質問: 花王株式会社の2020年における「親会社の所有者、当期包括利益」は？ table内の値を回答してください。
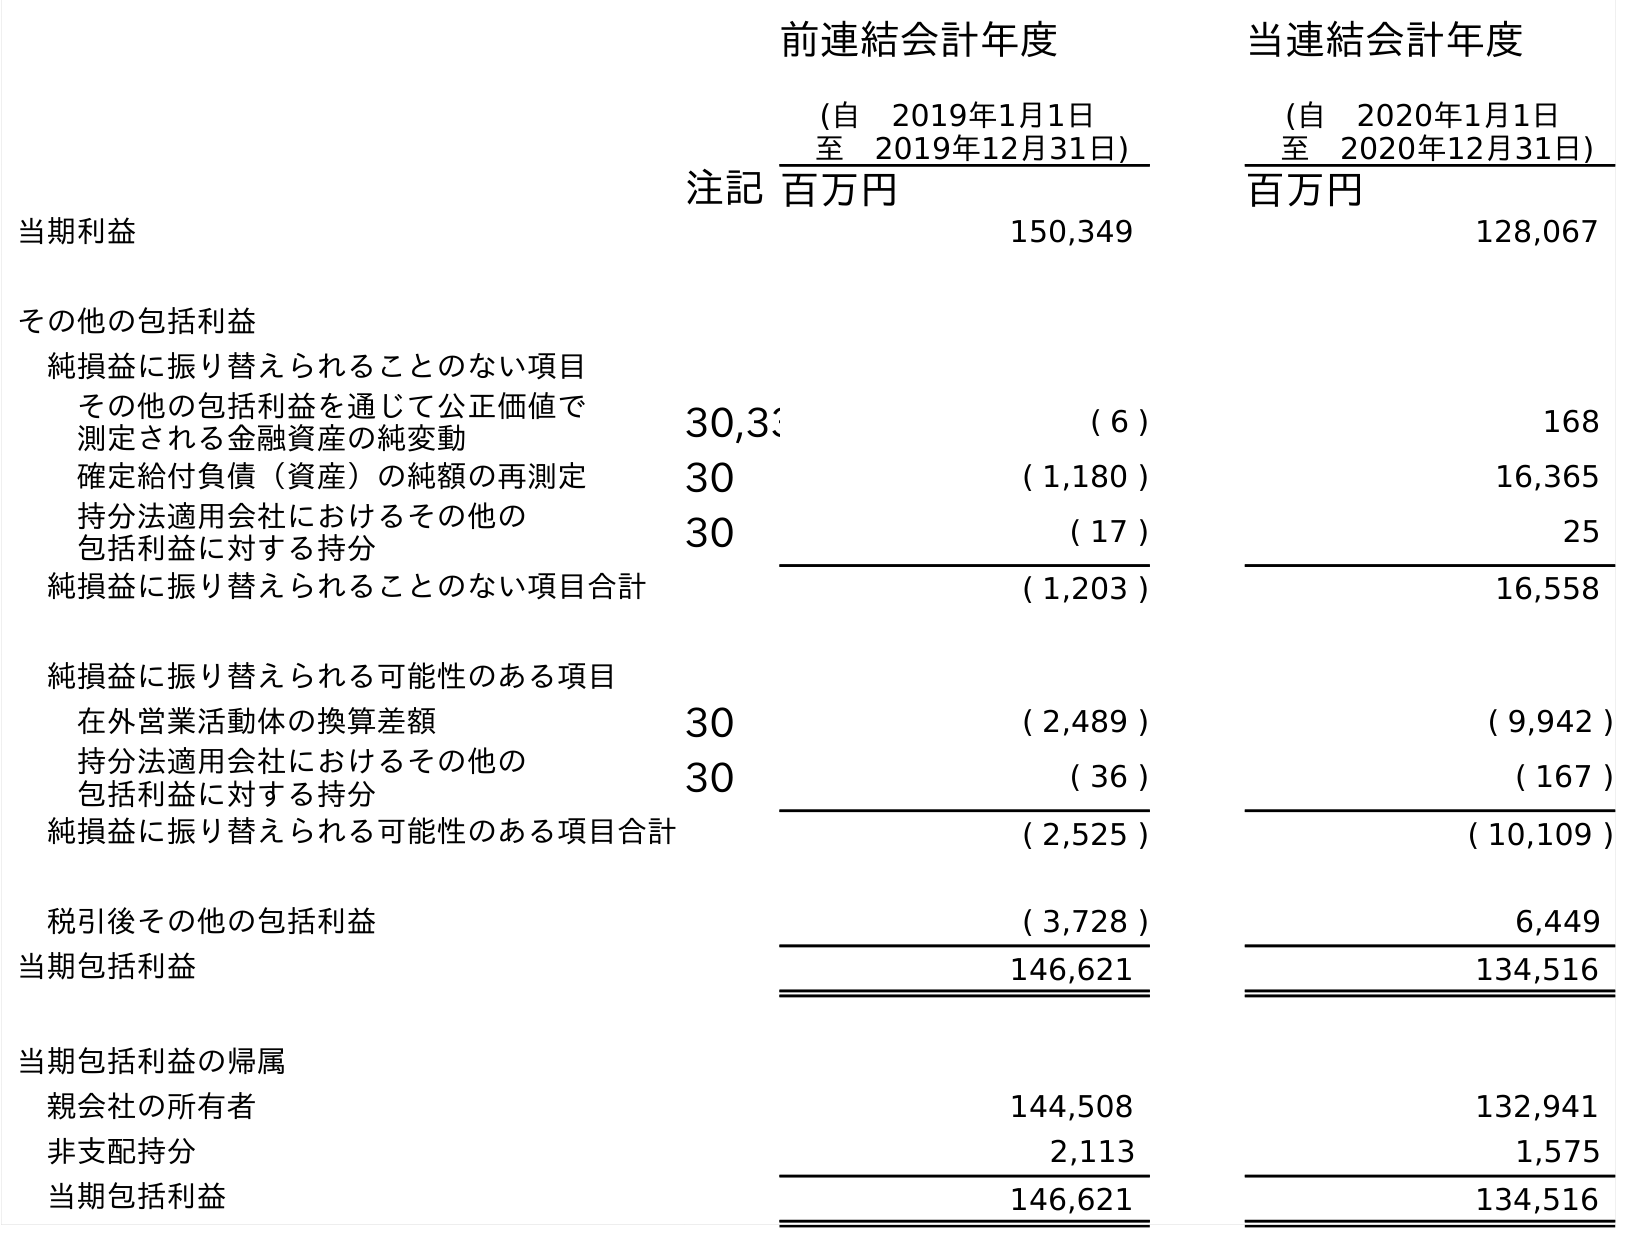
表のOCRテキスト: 前連結会計年度 (自 2019年1月1日 至 2019年12月31日) 当連結会計年度 (自 2020年1月1日 至 2020年12月31日) 注記百万円 百万円 当期利益 150,349 128,067 その他の包括利益 純損益に振り替えられることのない項目 その他の包括利益を通じて公正価値で 測定される金融資産の純変動 30,33 ( 6 ) 168 確定給付負債（資産）の純額の再測定 30 ( 1,180 ) 16,365 持分法適用会社におけるその他の 包括利益に対する持分 30 ( 17 ) 25 純損益に振り替えられることのない項目合計 ( 1,203 ) 16,558 純損益に振り替えられる可能性のある項目 在外営業活動体の換算差額 30 ( 2,489 ) ( 9,942 ) 持分法適用会社におけるその他の 包括利益に対する持分 30 ( 36 ) ( 167 ) 純損益に振り替えられる可能性のある項目合計 ( 2,525 ) ( 10,109 ) 税引後その他の包括利益 ( 3,728 ) 6,449 当期包括利益 146,621 134,516 当期包括利益の帰属 親会社の所有者 144,508 132,941 非支配持分 2,113 1,575 当期包括利益 146,621 134,516
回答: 132,941